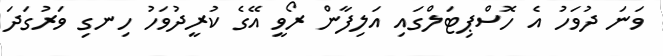
ވަނަ ދުވަހު އެ ހޮސްޕިޓަލްގައި އަލިފާން ރޯވީ އޭގެ ކުރީދުވަހު ހިނގި ވަރުގަދަ